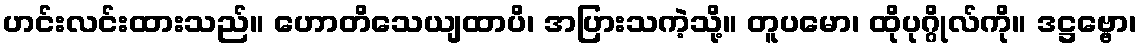
ဟင်းလင်းထားသည်။ ဟောတိသေယျထာပိ၊ အပြားသကဲ့သို့။ တူပမော၊ ထိုပုဂ္ဂိုလ်ကို။ ဒဋ္ဌဗ္ဗော၊